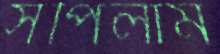
সঁপিলাম